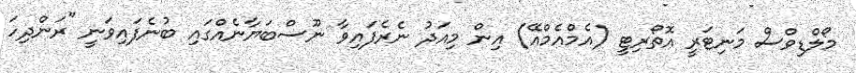
މޯލްޑިވްސް މަނިޓަރީ އޮތޯރިޓީ (އެމްއެމްއޭ) އިން މިއަދު ނެރެފައިވާ ނޫސްބަޔާނެއްގައި ބުނެފައިވަނީ "ރަންދިހަ